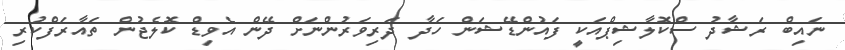
ނައިބް ރަޝާދު ސްކޮލާޝިޕްއަކީ ފައުންޑޭޝަން ހަދާ ދަރިވަރުންނަށް ދޭން އެވިޑް ކޮލެޖުން ތައާރަފްކުރި